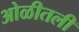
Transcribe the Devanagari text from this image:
ओळीतली